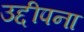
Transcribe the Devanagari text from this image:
उद्दीपना